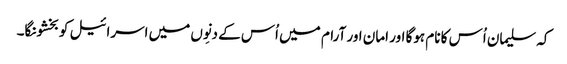
کہ سلیمان اُس کا نام ہوگا اور امان اور آرام میں اُس کے دنِوں میں اسرائیل کو بخشونگا۔